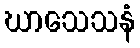
ဃာသေသနံ